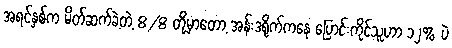
အရင်နှစ်က မိတ်ဆက်ခဲ့တဲ့ 8/8 တို့မှာတော့ အန်းဒရိုက်ကနေ ပြောင်းကိုင်သူဟာ ၁၂% ပဲ